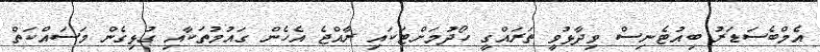
އެމްބެސަޑަރު ބިއުޓެނިސް ވިދާޅުވީ ތަރައްގީ ހޯދުމަށްޓަކައި ރާއްޖެ އެހެން ގައުމުތަކާއި ގުޅިގެން މަސައްކަތް